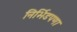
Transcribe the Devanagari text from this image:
निर्भिडपणा